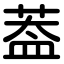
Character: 葢